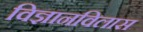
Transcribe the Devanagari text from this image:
विज्ञानविलास